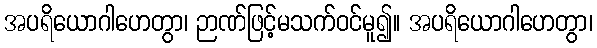
အပရိယောဂါဟေတွာ၊ ဉာဏ်ဖြင့်မသက်ဝင်မူ၍။ အပရိယောဂါဟေတွာ၊